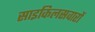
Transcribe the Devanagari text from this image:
साइकिलसवारों